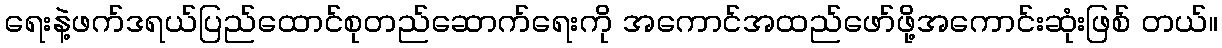
ရေးနဲ့ဖက်ဒရယ်ပြည်ထောင်စုတည်ဆောက်ရေးကို အကောင်အထည်ဖော်ဖို့အကောင်းဆုံးဖြစ် တယ်။